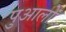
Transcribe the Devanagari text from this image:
पुआलों